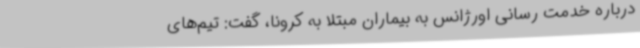
درباره خدمت رسانی اورژانس به بیماران مبتلا به کرونا، گفت: تیم‌های